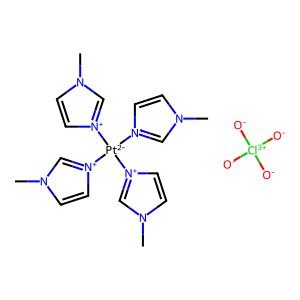
SMILES: Cn1cc[n+]([Pt-2]([n+]2ccn(C)c2)([n+]2ccn(C)c2)[n+]2ccn(C)c2)c1.[O-][Cl+3]([O-])([O-])[O-]
Inhibits HIV replication: No